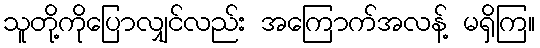
သူတို့ကိုပြောလျှင်လည်း အကြောက်အလန့် မရှိကြ။